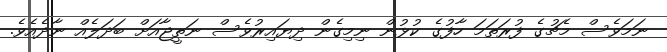
ނަމަވެސް މެޗުގެ ފުރަތަމަ ހާފުގެ ކުޅުން ނިމިގެން ދިޔައިރުވެސް ނަތީޖާއަށް ބަދަލެއް ނާދެއެވެ.